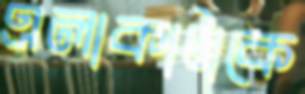
এলাকাটাকে